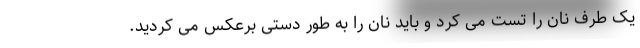
یک طرف نان را تست می کرد و باید نان را به طور دستی برعکس می کردید.